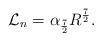
LaTeX: \begin{align*}{\cal {L}}_{n}= \alpha _{\frac {7}{2}} R^{\frac {7}{2}} .\end{align*}